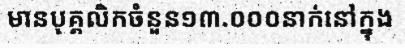
មានបុគ្គលិកចំនួន១៣.០០០នាក់នៅក្នុង